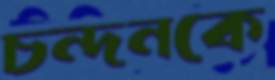
চন্দনকে